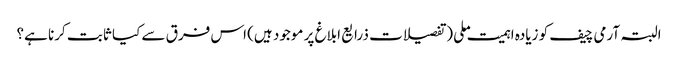
البتہ آرمی چیف کو زیادہ اہمیت ملی (تفصیلات ذرایع ابلاغ پر موجود ہیں) اس فرق سے کیا ثابت کرنا ہے؟